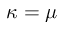
\kappa = \mu